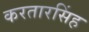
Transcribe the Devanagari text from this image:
करतारसिंह